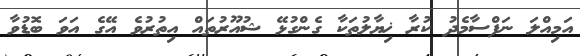
އަމިއްލަ ނަފްސާމެދު ކުރާ ޚިޔާލުތަކާ ގެންގުޅޭ ޝުއޫރުތައް އިތުރުވެ އޭގެ އަވަ ބޮޑުވާ